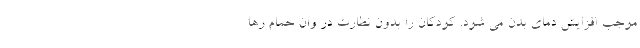
موجب افزایش دمای بدن می شود. کودکان را بدون نظارت در وان حمام رها